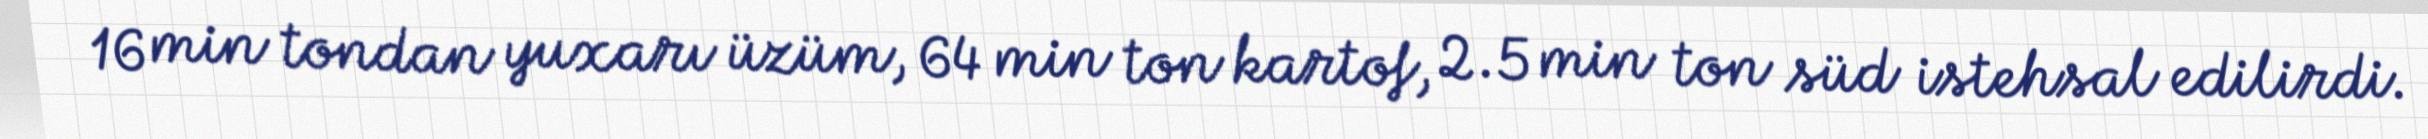
16 min tondan yuxarı üzüm, 64 min ton kartof, 2.5 min ton süd istehsal edilirdi.